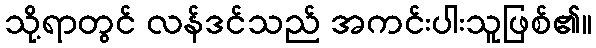
သို့ရာတွင် လန်ဒင်သည် အကင်းပါးသူဖြစ်၏။